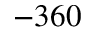
- 3 6 0